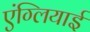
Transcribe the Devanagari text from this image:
एंग्लियाई